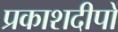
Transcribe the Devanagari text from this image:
प्रकाशदीपों